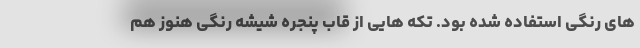
های رنگی استفاده شده بود. تکه هایی از قاب پنجره شیشه رنگی هنوز هم